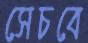
সেচবে